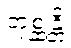
တုစ္ဆန္တိ